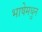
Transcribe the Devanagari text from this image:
भाषेमधुन